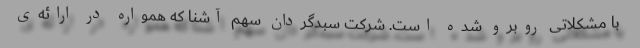
با مشکلاتی روبرو شده است. شرکت سبدگردان سهم آشنا که همواره در ارائه‌ی